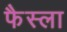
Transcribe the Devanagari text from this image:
फैस्ला